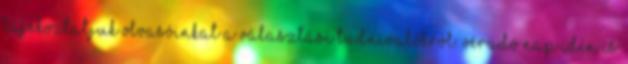
tájékoztatjuk olvasóinkat a választási tudnivalókról. Véradó nap Idén is